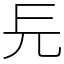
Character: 㒫